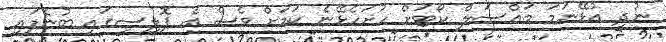
ނުދީ އުޅޭނަމަ މައްސަލް ކޯޓަށް ހުށަހެޅޭނެ ކަމަށް ވެސް އެ ޕޮލިސީގައި ބުނެފައި